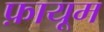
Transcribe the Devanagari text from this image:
फ़ायूम